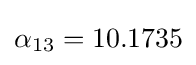
\alpha _{13}=10.1735